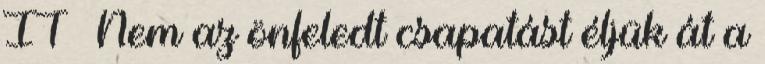
IT » Nem az önfeledt csapatást éljük át a